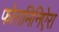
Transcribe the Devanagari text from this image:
फोरामिनिऐरा